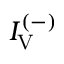
I _ { \mathrm { V } } ^ { ( - ) }